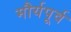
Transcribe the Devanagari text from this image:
मौर्यपूर्व